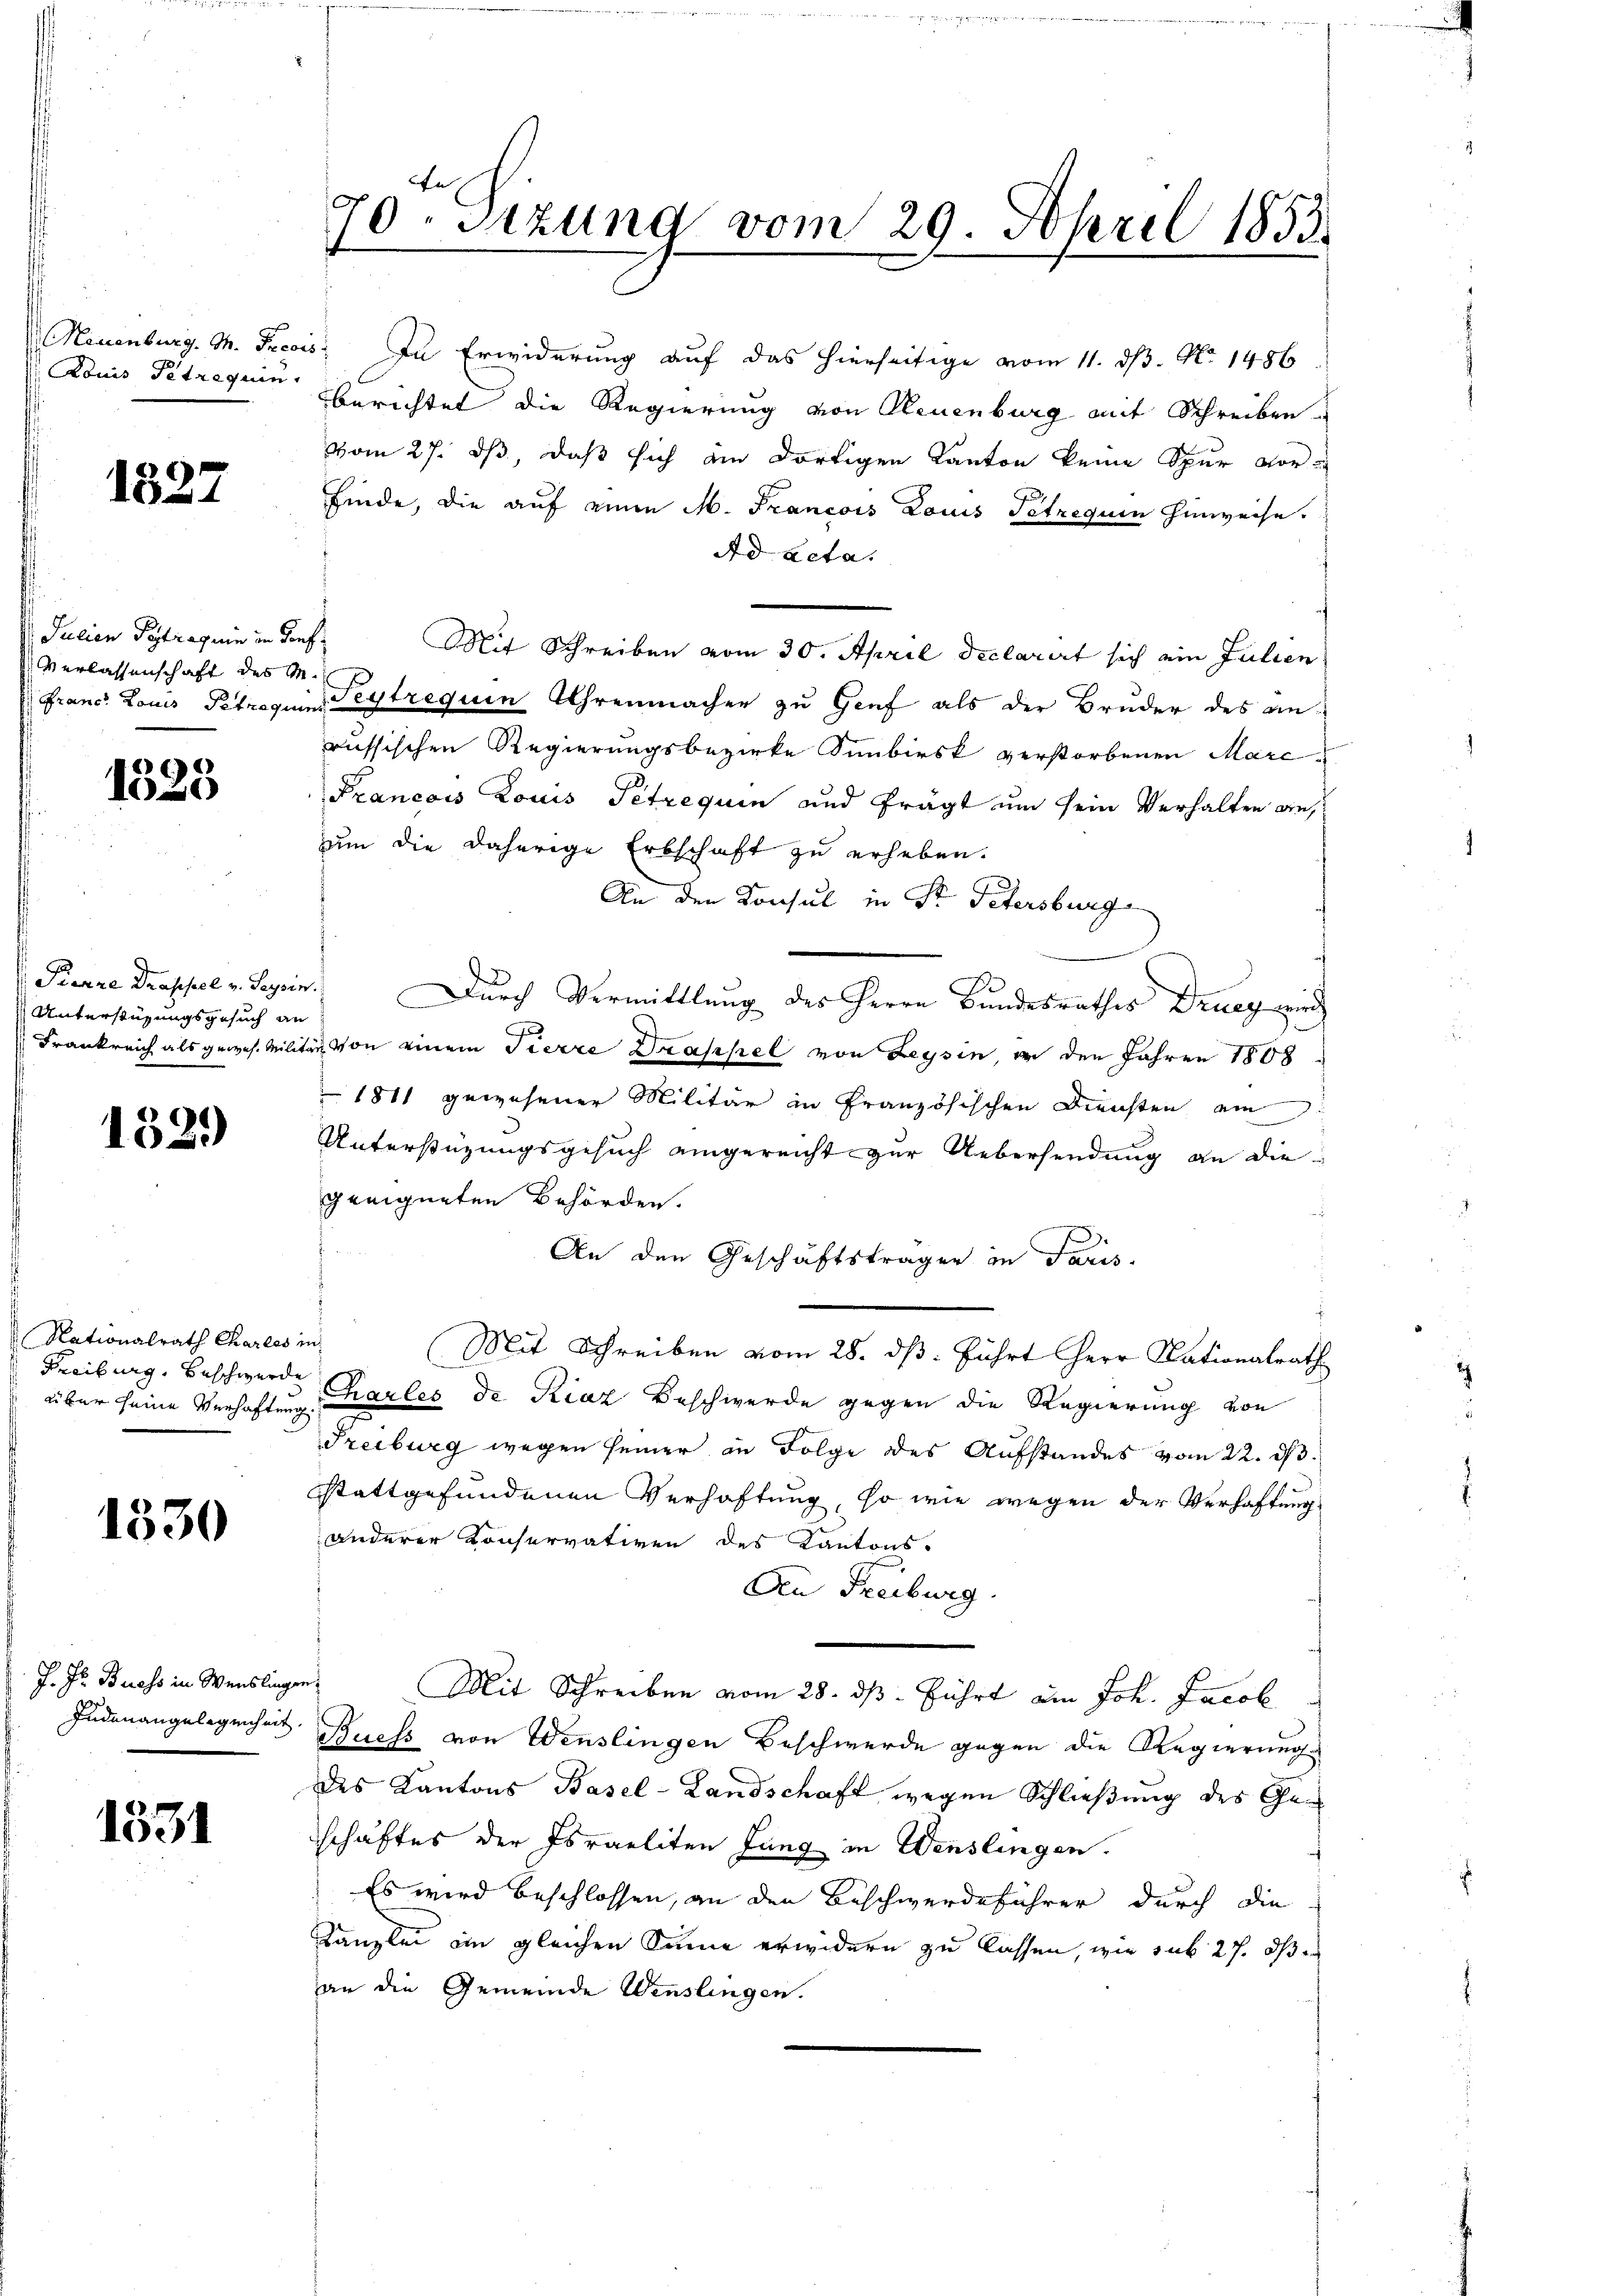
Neuenburg M. Provis
ouis Titrequin

1327

Julien Petraguin in Sons
Verlassenschaft des M.

1325

Pierre Drassel v. Seysis
Unterstüzungsgesuch an
Frankreich als gewes. Milit

1321)

Nationalrath Charles
Freiburg, Beschwerde
über seine Verhaftung

1530

J. Pr. Buess in Weislinge
Inden angelegenheit.

1331

70ten Sizund vom 29. April 1853.

Ad acta.
Mit Schreiben vom 30. April declarirt sich ein Julien
Francs Louis Petroguin Teytrequin Uhrenmacher zu Genf als der Bruder des an
russischen Regierungsbezirke Sünbirsk verstorbenen Marc¬
Francois Louis Petrequin und frägt um sein Verhalten an,
um die daherige Erbschaft zu erheben.
An den Konsul in St. Petersburg
Durch Vermittlung des Herrn Bundesrathes Drueg wird
ln von einem Pierre Drappel von Leysin, er den Jahren 1808
 1811 gewesener Militär in Französischen Diensten am
Unterstützungsgesuch eingereicht zur Uebersendung an die
geeigneten Behörden.
An den Geschäftsträgen in Paris.
Mit Schreiben vom 28. ds. führt Herr Nationalrath
Charles de Riaz Beschwerde gegen die Regierung von
Freiburg wegen seiner in Folge des Aufstandes vom 22. d.
stattgefundenen Verhaftung, so wie wegen der Verhaftung
anderer Konservativen des Kantons-
Aen Freiburg.
e. Mit Schreiben vom 28. ds. führt am Joh. Jacob
Ruess von Wenslingen Beschwerde gegen die Regierung
des Kantons Basel-Landschaft wegen Schließung des Geschäftes der Israeliten Jung in Wenslingen.
Es wird beschlossen, an den Beschwerdeführer durch die
Kanzlei im gleichen Sinne erwidern zu lassen, wie sub 27. dß er
an die Gemeinde Wenslingen.

5: In Erwiderung auf das hierseitige vom 11. ds. No. 1486
berichtet die Regierung von Neuenburg mit Schreiben
vom 27. ds, daß sich an dortigen Kanton keine Spur vor-
finde, die auf einen M. Francois Louis Petrequin hinweise.